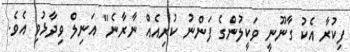
ފިކުރާ އެކު ގާނޫނީ ވަކީލުންގެ ފަންނު ކުރިއެއް ނާރާނެ" އަނިލް ވިދާޅުވި އެވެ.